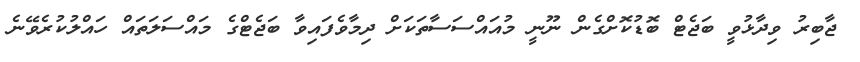
ޖާބިރު ވިދާޅުވީ ބަޖެޓް ބޮޑުކޮށްގެން ނޫނީ މުއައްސަސާތަކަށް ދިމާވެފައިވާ ބަޖެޓްގެ މައްސަލަތައް ހައްލުކުރެވޭނެ